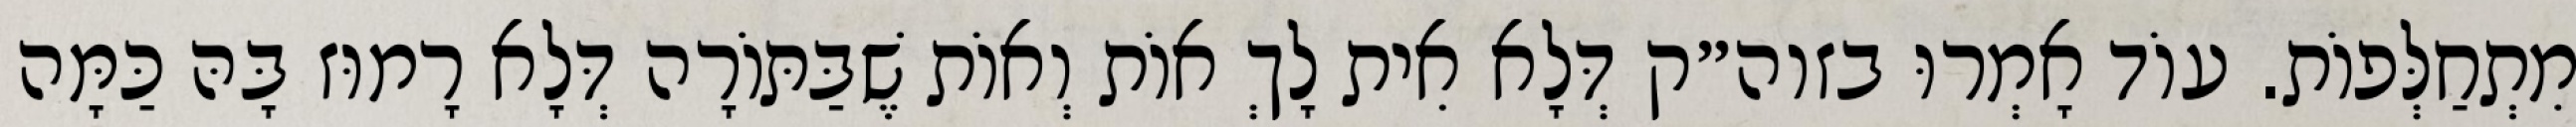
מִתְחַלְּפוֹת. עוֹד אָמְרוּ בזוה״ק דְּלָא אִית לָךְ אוֹת וְאוֹת שֶׁבַּתּוֹרָה דְּלָא רָמוּז בָּהּ כַּמָּה